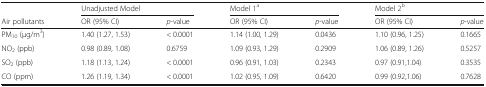
<table><thead><tr><td></td><td colspan="2"><b>Unadjusted Model</b></td><td colspan="2"><b>Model 1<sup>a</sup></b></td><td colspan="2"><b>Model 2<sup>b</sup></b></td></tr><tr><td><b>Air pollutants</b></td><td><b>OR (95% CI)</b></td><td><b><i>p</i>-value</b></td><td><b>OR (95% CI)</b></td><td><b><i>p</i>-value</b></td><td><b>OR (95% CI)</b></td><td><b><i>p</i>-value</b></td></tr></thead><tbody><tr><td>PM<sub>10</sub> (μg/m<sup>3</sup>)</td><td>1.40 (1.27, 1.53)</td><td>&lt; 0.0001</td><td>1.14 (1.00, 1.29)</td><td>0.0436</td><td>1.10 (0.96, 1.25)</td><td>0.1665</td></tr><tr><td>NO<sub>2</sub> (ppb)</td><td>0.98 (0.89, 1.08)</td><td>0.6759</td><td>1.09 (0.93, 1.29)</td><td>0.2909</td><td>1.06 (0.89, 1.26)</td><td>0.5257</td></tr><tr><td>SO<sub>2</sub> (ppb)</td><td>1.18 (1.13, 1.24)</td><td>&lt; 0.0001</td><td>0.96 (0.91, 1.03)</td><td>0.2343</td><td>0.97 (0.91,1.04)</td><td>0.3535</td></tr><tr><td>CO (ppm)</td><td>1.26 (1.19, 1.34)</td><td>&lt; 0.0001</td><td>1.02 (0.95, 1.09)</td><td>0.6420</td><td>0.99 (0.92,1.06)</td><td>0.7628</td></tr></tbody></table>